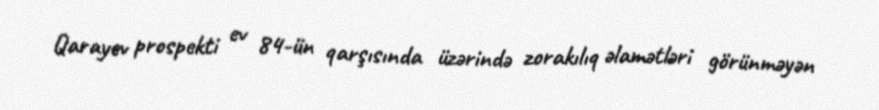
Qarayev prospekti ev 84-ün qarşısında üzərində zorakılıq əlamətləri görünməyən